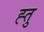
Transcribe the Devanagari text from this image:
ह्तु